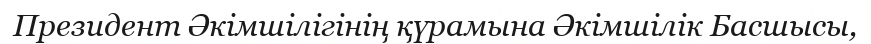
Президент Әкімшілігінің қүрамына Әкімшілік Басшысы,